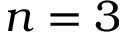
n = 3